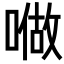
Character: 𠼏